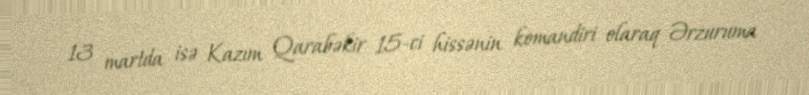
13 martda isə Kazım Qarabəkir 15-ci hissənin komandiri olaraq Ərzuruma